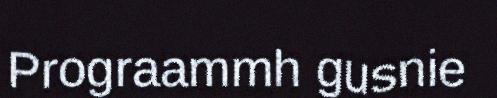
Prograammh gusnie